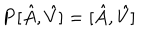
{ \bf P } [ \hat { A } , \hat { V } ] = [ \hat { A } , \hat { V } ]